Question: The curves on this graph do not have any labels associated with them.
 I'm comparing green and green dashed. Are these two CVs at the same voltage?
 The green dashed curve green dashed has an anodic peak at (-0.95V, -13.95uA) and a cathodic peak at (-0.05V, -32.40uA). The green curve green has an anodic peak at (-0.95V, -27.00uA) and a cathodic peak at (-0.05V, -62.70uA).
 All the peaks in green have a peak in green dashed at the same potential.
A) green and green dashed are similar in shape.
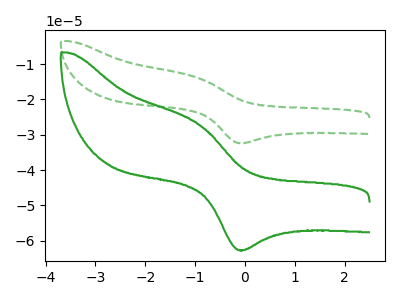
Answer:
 <answer>A) "green" and "green dashed" are similar in shape.</answer>
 <eval>A</eval>